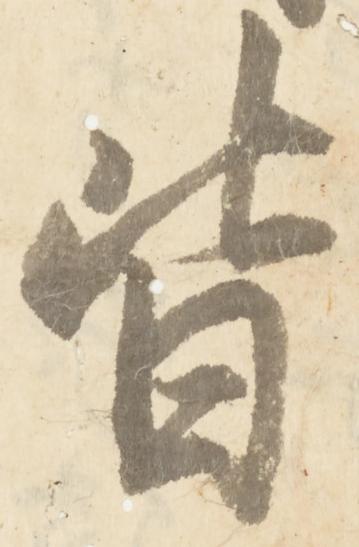
皆